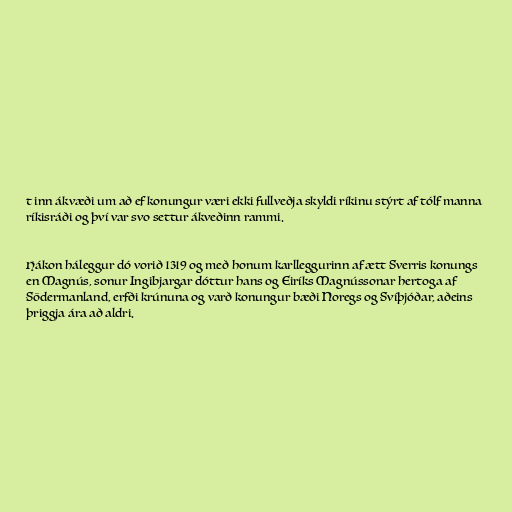
t inn ákvæði um að ef konungur væri ekki fullveðja skyldi ríkinu stýrt af tólf manna
ríkisráði og því var svo settur ákveðinn rammi.

Hákon háleggur dó vorið 1319 og með honum karlleggurinn af ætt Sverris konungs
en Magnús, sonur Ingibjargar dóttur hans og Eiríks Magnússonar hertoga af
Södermanland, erfði krúnuna og varð konungur bæði Noregs og Svíþjóðar, aðeins
þriggja ára að aldri.